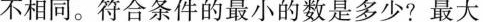
不相同。符合条件的最小的数是多少?最大